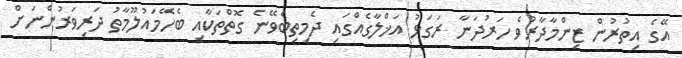
އޭގެ އިތުރުން ޒިންމާދާރުވެ ހަރުދަނާ ރަގަޅު އަޚްލާގެއްގައި ދެމިތިބެވޭނެ ގޮތްތަކާއި ބެހޭމައުލޫމާތު ދަރިވަރުންނަށް